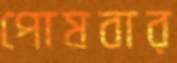
পোষবার